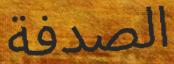
الصدفة